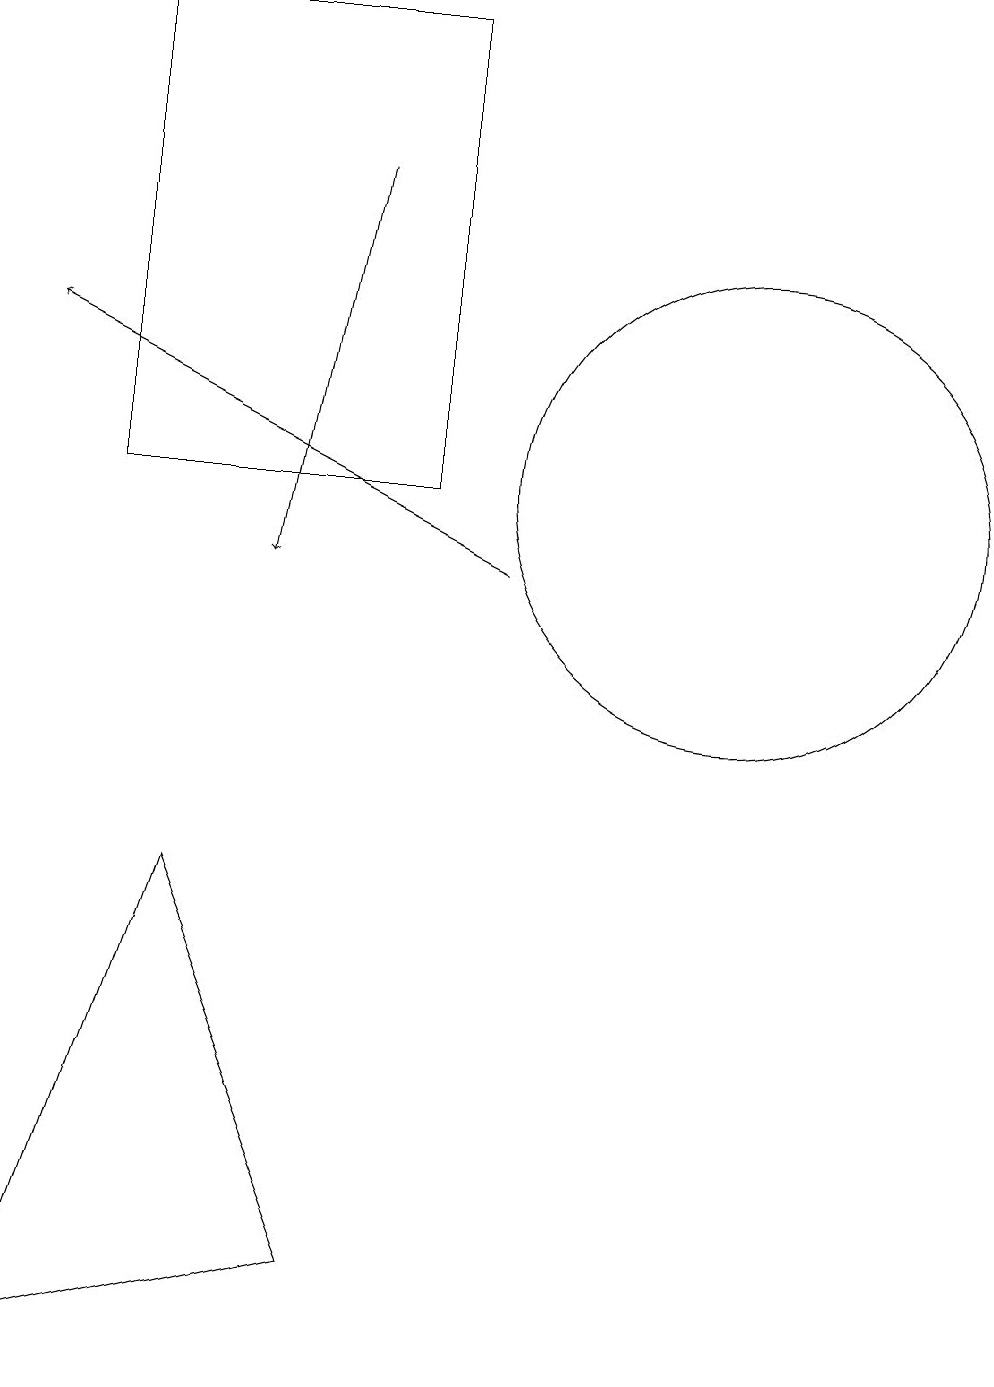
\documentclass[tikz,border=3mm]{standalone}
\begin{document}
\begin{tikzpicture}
\draw (10,11) circle (3);
\draw (11,10) circle (0);
\draw[->] (5,15) -- (4,10);
\draw[->] (7,10) -- (1,13);
\draw (5,1) -- (1,0) -- (3,6) -- cycle;
\draw (6,11) rectangle (2,17);
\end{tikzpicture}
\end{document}